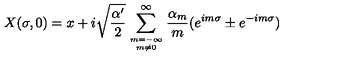
X ( \sigma , 0 ) = x + i \sqrt { \frac { \alpha ^ { \prime } } { 2 } } \sum _ { { m = { - \infty } } \atop { m \neq 0 } } ^ { \infty } \frac { \alpha _ { m } } { m } ( e ^ { i m \sigma } \pm e ^ { - i m \sigma } )